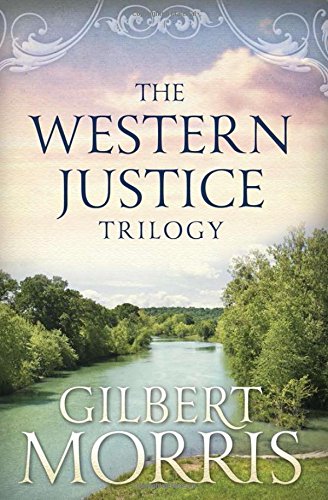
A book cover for Western Justice Trilogy:; Gilbert Morris; Christian Books & Bibles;